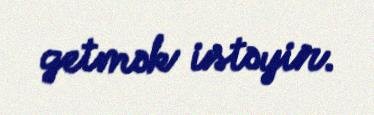
getmək istəyir.